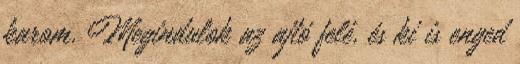
karom. Megindulok az ajtó felé, és ki is enged